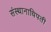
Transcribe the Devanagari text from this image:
संस्थानाधिपती